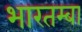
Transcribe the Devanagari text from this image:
भारतम्बा